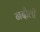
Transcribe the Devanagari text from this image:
नदौली